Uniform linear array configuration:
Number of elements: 24
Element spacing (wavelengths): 0.75
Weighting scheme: kaiser
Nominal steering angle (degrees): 60
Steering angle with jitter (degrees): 58.366
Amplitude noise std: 0.05
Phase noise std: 0.05

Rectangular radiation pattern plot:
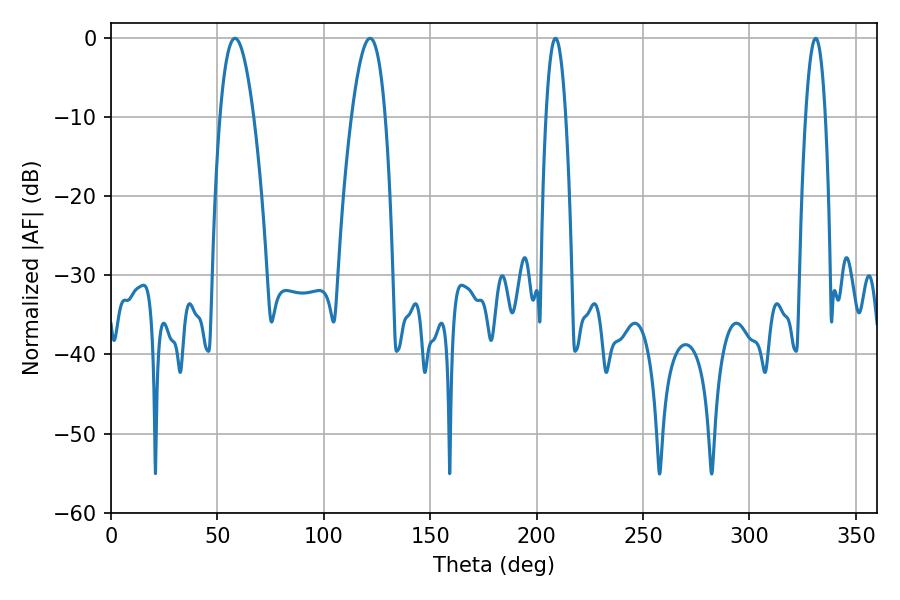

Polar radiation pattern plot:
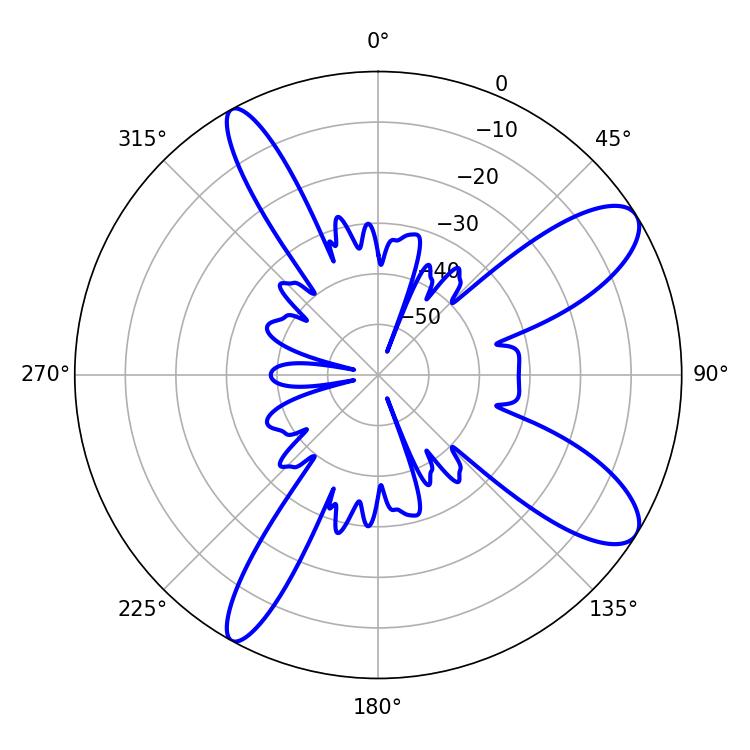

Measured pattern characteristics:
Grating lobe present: TRUE
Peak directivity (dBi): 10.324
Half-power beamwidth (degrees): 8.64
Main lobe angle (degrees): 58.32